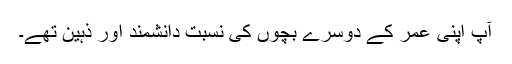
آپ اپنی عمر کے دوسرے بچوں کی نسبت دانشمند اور ذہین تھے۔